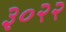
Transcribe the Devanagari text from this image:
३०२२